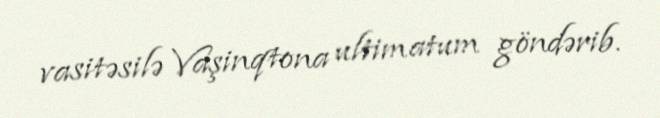
vasitəsilə Vaşinqtona ultimatum göndərib.